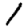
Digit: 1